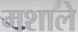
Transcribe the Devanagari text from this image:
मशाले